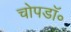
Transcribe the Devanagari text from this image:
चोपडॉ॰